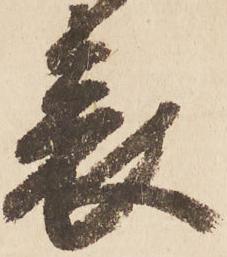
表